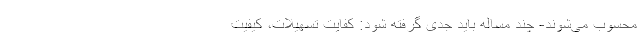
محسوب می‌شوند- چند مساله باید جدی گرفته شود: کفایت تسهیلات، کیفیت